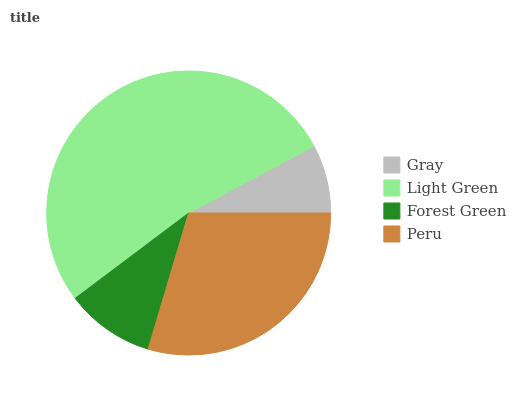
| Gray | Light Green | Forest Green | Peru |
 | --- | --- | --- | --- |
 | 7.81% | 52.5% | 10.1% | 29.6% |